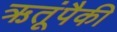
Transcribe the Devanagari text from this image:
ऋतूंपैकी